Annual report on the working of the Harcourt Butler Institute of Public Health, Rangoon
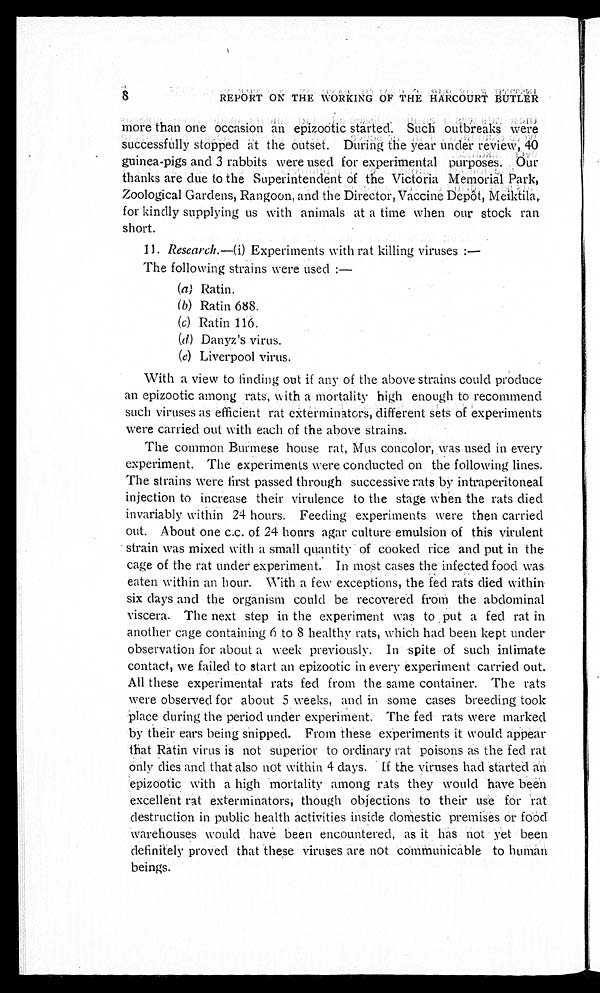
REPORT ON THE WORKING OF THE HARCOURT BUTLER
more than one occasion an epizootic started. Such outbreaks were
successfully stopped at the outset. During the year under review, 40
guinea-pigs and 3 rabbits were used for experimental purposes. Our
thanks are due to the Superintendent of the Victoria Memorial Park,
Zoological Gardens, Rangoon, and the Director, Vaccine Depôt,
M e i k t i l a , f o r k i n d l y s u p p l y i n g u s w i t h a n i m a l s a t a t i m e w h e n o u r s t o c k r a n
short.
11. Research. —(i) Experiments with rat killing viruses:—
The following strains were used:-
(a
)
R a t i n .
(
b )R
a t i n 6 8 8 .
(
c )R
a t i n 1 1 6 .
( d )
D a n y z ' s v i r u s .
( e ) L i v e r p o o l v i r u s .
With a view to finding out if any of the above strains could produce
an epizootic among rats, with a mortality high enough to recommend
such viruses as efficient rat exterminators, different sets of experiments
were carried out with each of the above strains.
The common Burmese house rat, Mus concolor, was used in every
experiment. The experiments were conducted on the following lines.
The strains were first passed through successive rats by intraperitoneal
injection to increase their virulence to the stage when the rats died
invariably within 24 hours. Feeding experiments were then carried
out. About one c.c. of 24 hours agar culture emulsion of this virulent
strain was mixed with a small quantity of cooked rice and put in the
cage of the rat under experiment. In most cases the infected food was
eaten within an hour. With a few exceptions, the fed rats died within
six days and the organism could be recovered from the abdominal
viscera. The next step in the experiment was to put a fed rat in
anot her cage cont ai ni ng 6 t o 8 heal t hy r at s, whi ch had been kept under
observation for about a week previously. In spite of such intimate
contact, we failed to start an epizootic in every experiment carried out.
All these experimental rats fed from the same container. The rats
were observed for about 5 weeks, and in some cases breeding took
place during the period under experiment. The fed rats were marked
by their ears being snipped. From these experiments it would appear
that Ratin virus is not superior to ordinary rat poisons as the fed rat
only dies and that also not within 4 days. If the viruses had started an
epizootic with a high mortality among rats they would have been
excel l ent r at ext er mi nat or s, t hough obj ect i ons t o t hei r use f or r at
destruction in public health activities inside domestic premises or food
warehouses would have been encountered, as it has not yet been
definitely proved that these viruses are not communicable to human
beings.